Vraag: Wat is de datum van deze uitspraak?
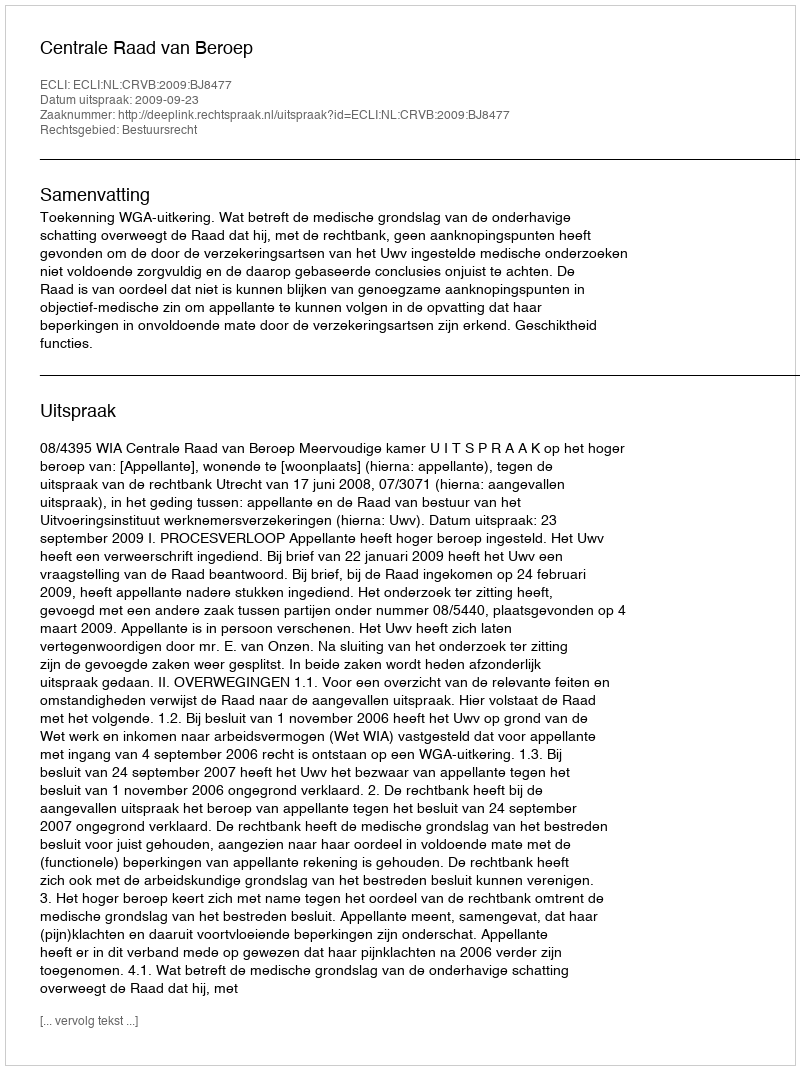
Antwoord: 2009-09-23